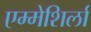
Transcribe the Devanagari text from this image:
एम्मेशिर्ला